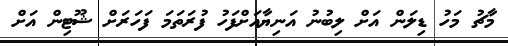
މާޗު މަހު ޑިލަން އަށް ލިބުނު އަނިޔާއަށްފަހު ފުރަތަމަ ފަހަރަށް ޝޫޓިން އަށް